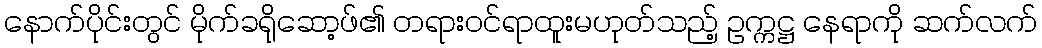
နောက်ပိုင်းတွင် မိုက်ခရိုဆော့ဖ်၏ တရားဝင်ရာထူးမဟုတ်သည့် ဥက္ကဋ္ဌ နေရာကို ဆက်လက်